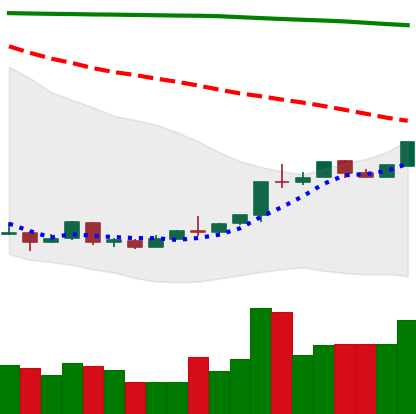
Ticker: ETH-USD
Chart end date: 2018-04-19
Forward return: 24.7%
Label: up_7plus